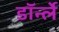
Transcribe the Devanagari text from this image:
डॉर्न्ले